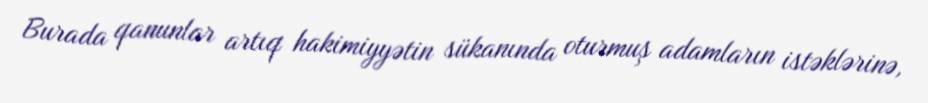
Burada qanunlar artıq hakimiyyətin sükanında oturmuş adamların istəklərinə,